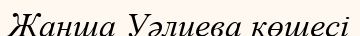
Жанша Уәлиева көшесі